Indian journal of veterinary science and animal husbandry - Volume 14,
Year: 1944
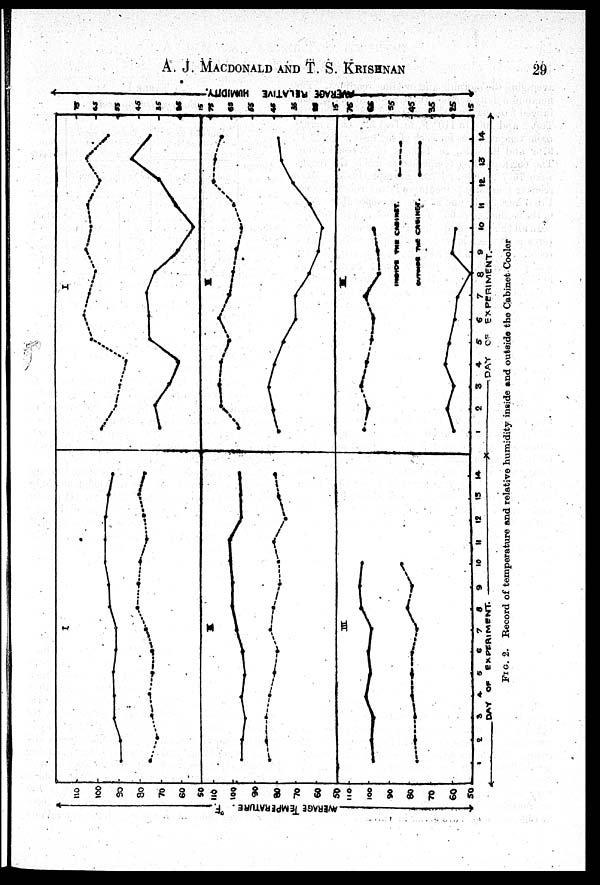
A. J. MACDONALD AND T. S. KRISHNAN 29
FIG.
2. Record of temperature and relative humidity inside and outside the Cabinet Cooler